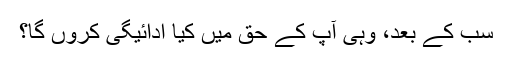
سب کے بعد، وہی آپ کے حق میں کیا ادائیگی کروں گا؟